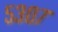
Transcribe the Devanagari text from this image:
५३०७